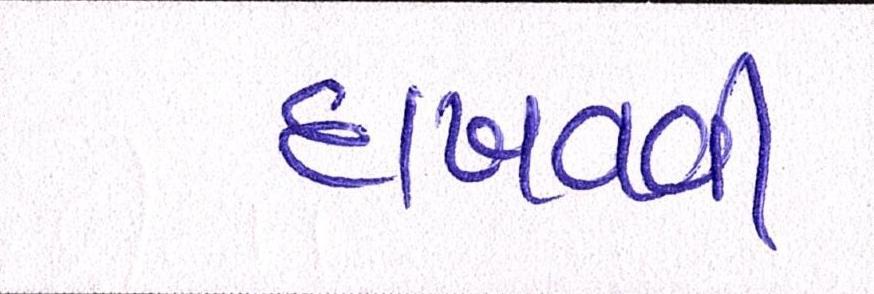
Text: દાખવવી